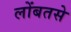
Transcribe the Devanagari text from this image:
लोंबतसे